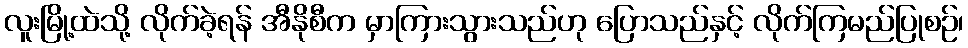
လူးမြို့ထဲသို့ လိုက်ခဲ့ရန် အီနိုစီက မှာကြားသွားသည်ဟု ပြောသည်နှင့် လိုက်ကြမည်ပြုစဉ်၊